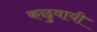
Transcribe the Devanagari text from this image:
कछुवायी